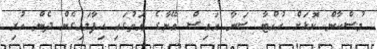
މުސްކާން ކޮޅަށް ހުއްޓާ ސަނާ އައިސް އޭނާގެ އަތުގައި ހިފާލައިގެން ދެން ހުރި